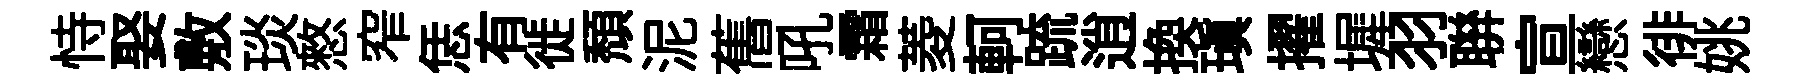
恃娶敷琰憗窄恁有徙頹泥𦾔吼霜菱軻䟽逍换瑱擢墀羽聨宣戀徘姚